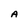
Character: A